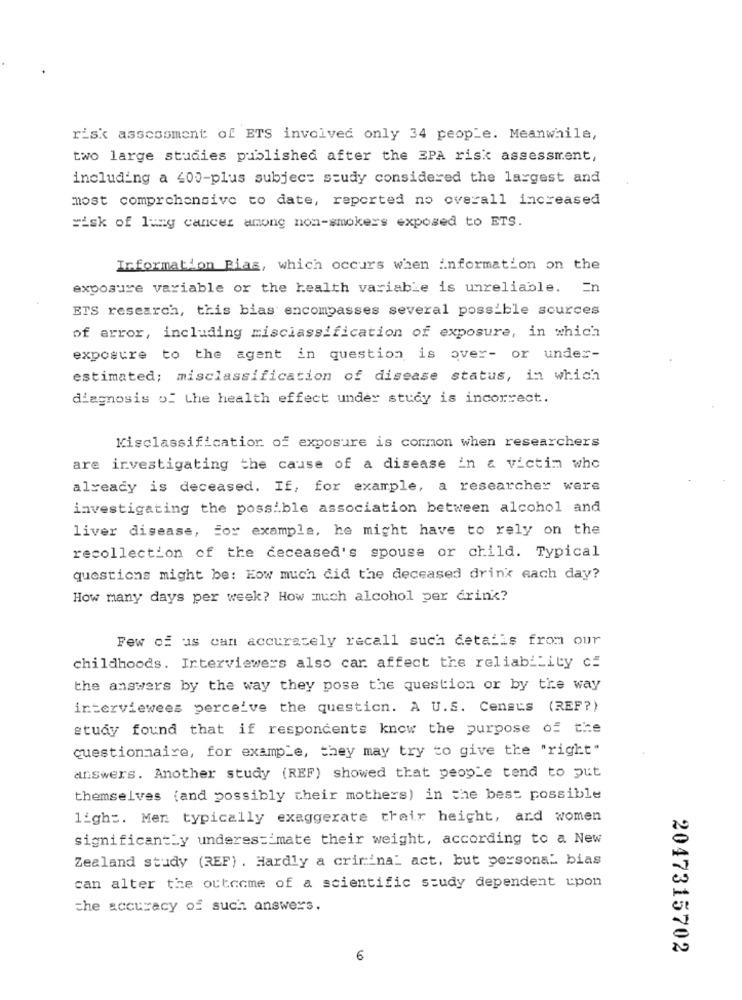
risk assessment of ETS involved only 34 people. Meanwhile,
two large studies published after the EPA risk assessment,
including a 400-plus subject study considered the largest and
most comprehensive to date, reported no overall increased
risk of lung cancer among non-smokers exposed to ETS.
Information Rias, which occurs when information on the
exposure variable or the health variable is unreliable. En
ETS research, this bias encompasses several possible sources
of error, including misclassification of exposure, in which
exposure to the agent in question is over- or under-
estimated; misclassification of disease status, in which
diagnosis of the health effect under study is incorrect.
Kisclassification of exposure is common when researchers
are investigating the cause of a disease in & victim who
already is deceased. If, for example, a researcher were
investigating the possible association between alcohol and
liver disease, for example, he might have to rely on the
recollection of the deceased's spouse or child. Typical
questions might be: How much did the deceased drink each day?
How many days per week? How much alcohol per drink?
Few of us can accurately recall such detalis from our
childhoods. Interviewers also car. affect the reliability cf
the answers by the way they pose the question or by the way
interviewees perceive the question. A U.S. Census (REF?)
study found that if respondents know the purpose of the
questionnaire, for example, they may try to give the "right"
answers. Another study (REF) showed that people tend to put
themselves (and possibly their mothers) in the best possible
ligh =. Men typically exaggerate their height, and women
significantly underestimate their weight, according to a New
Zealand study (REF) . Hardly a criminal act, but personal bias
can alter the outcome of a scientific study dependent upon
the accuracy of such answers.
2047315702
6